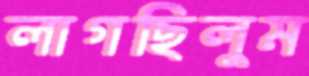
লাগছিলুম